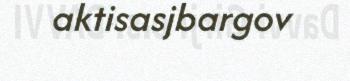
aktisasjbargov